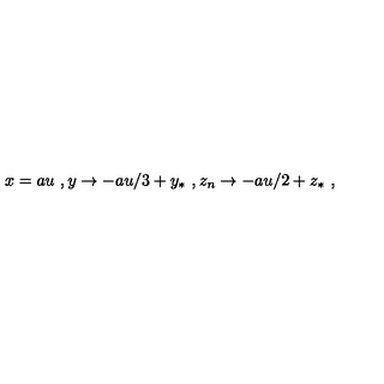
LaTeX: x = a u \ , y \rightarrow - a u / 3 + y _ { * } \ , z _ { n } \rightarrow - a u / 2 + z _ { * } \ ,